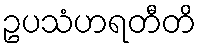
ဥပသံဟရတီတိ